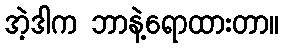
အဲ့ဒါက ဘာနဲ့ရောထားတာ။